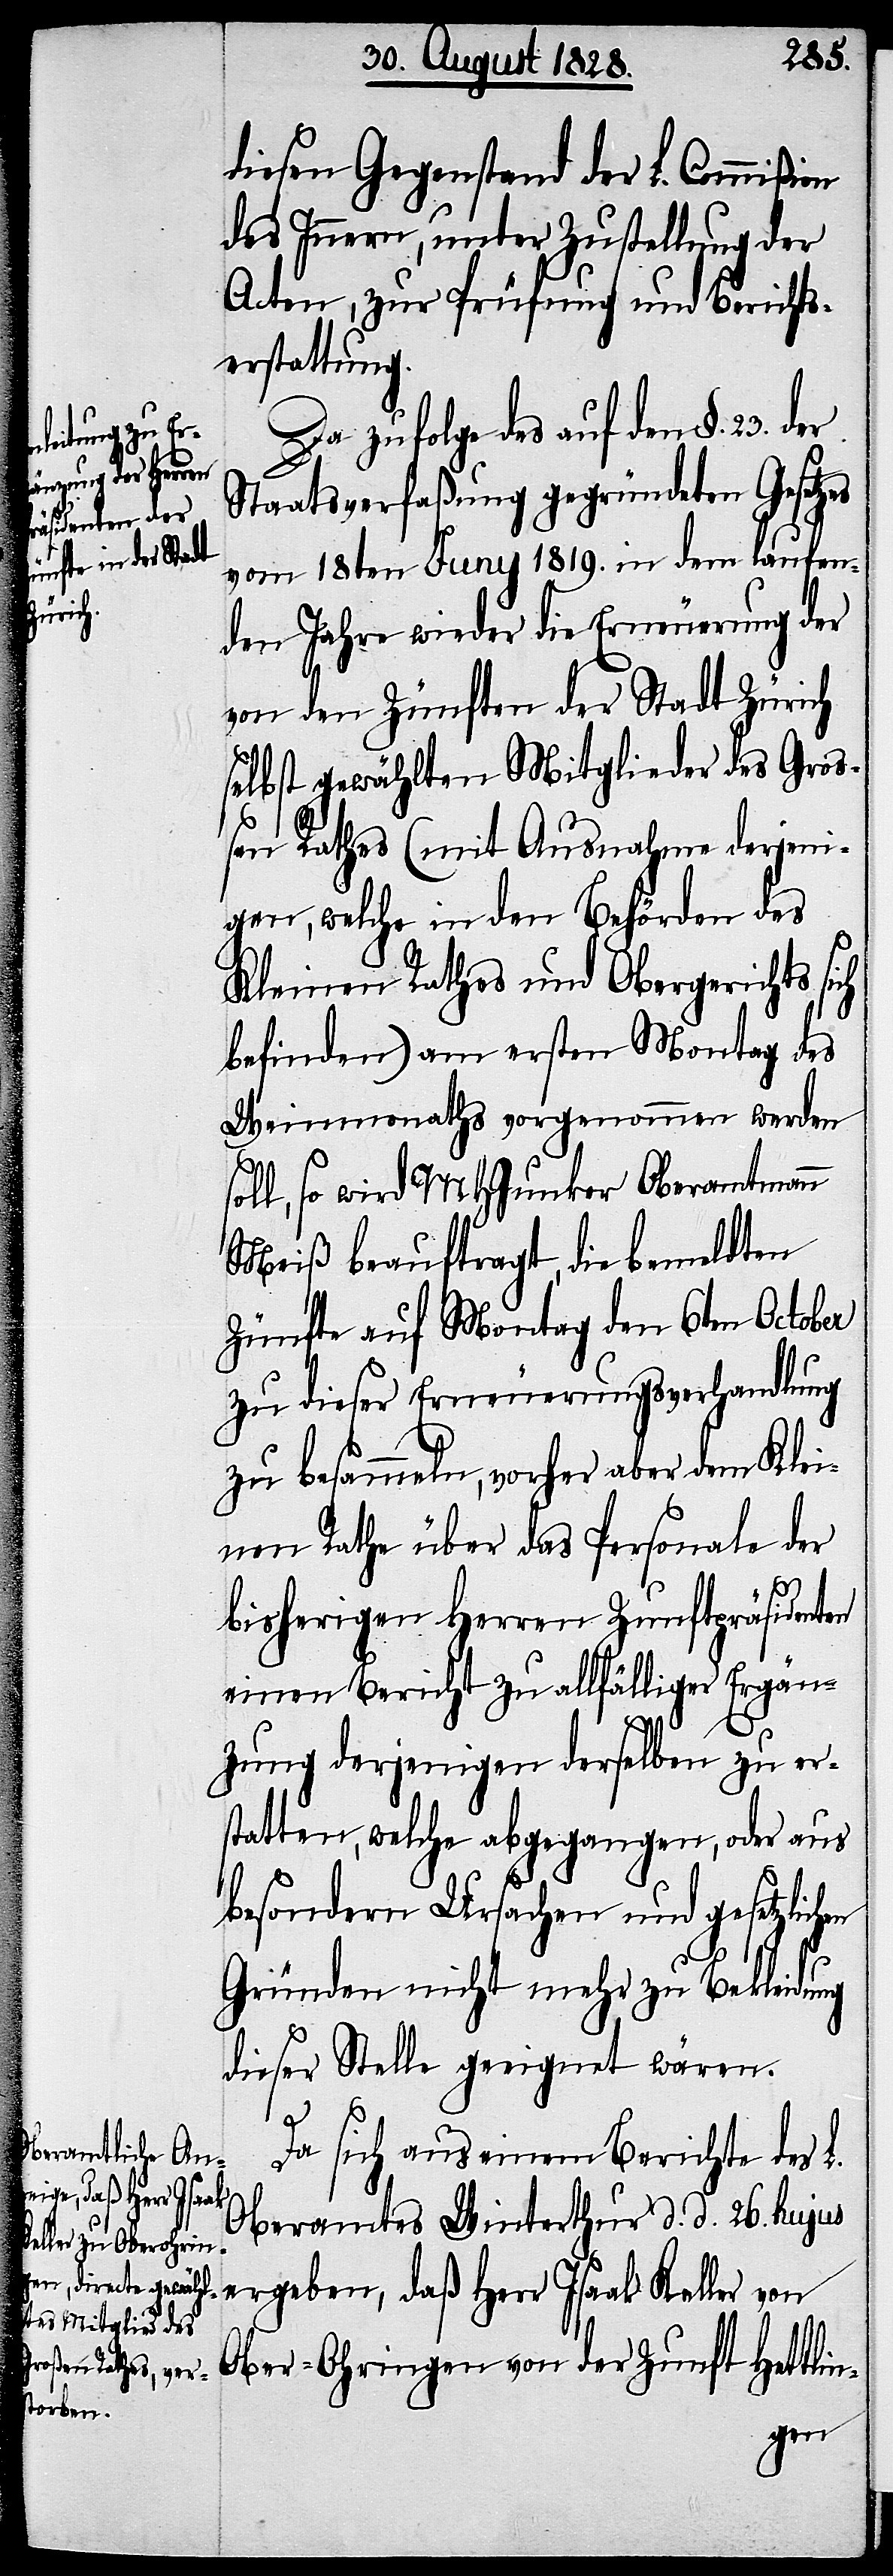
diesen Gegenstand der L. Commißion
des Innern, unter Zustellung der
Acten, zu Prüfung und Berichts¬
erstattung.
Da zufolge des auf den §. 23 der
Staatsverfaßung gegründeten Gesetzes
vom 18ten Juny 1819. in dem laufen¬
den Jahre wieder die Erneuerung der
von den Zünften der Stadt Zürich
selbst gewählten Mitglieder des Groß¬
en Rathes (mit Ausnahme derjeni¬
gen, welche in den Behörden des
Kleinen Rathes und Obergerichts sich
befinden) am ersten Montag des
Weinmonaths vorgenommen werden
soll, so wird MHJunker Oberamtmann
Meiß beauftragt, die bemeldten
Zünfte auf Monat den 6ten October
zu dieser Erneuerungsverhandlung
zu besammeln, vorher aber dem Klei¬
nen Rathe über das Personale der
bisherigen Herren Zunftpräsidenten
einen Bericht zu allfälliger Ergän¬
zung derjenigen derselben zu er¬
statten, welche abgegangen, oder aus
besondern Ursachen und gesetzlich¬
en
Gründen nicht mehr zu Bekleidung
dieser Stelle geeignet wären.
Da sich aus einem Berichte des L.
Oberamtes Winterthur d. d. 26. hujus
ergeben, daß Herr Isaak Keller von
Ober-Ohringen von der Zunft Hettlin-